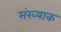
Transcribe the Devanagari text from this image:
संख्याक